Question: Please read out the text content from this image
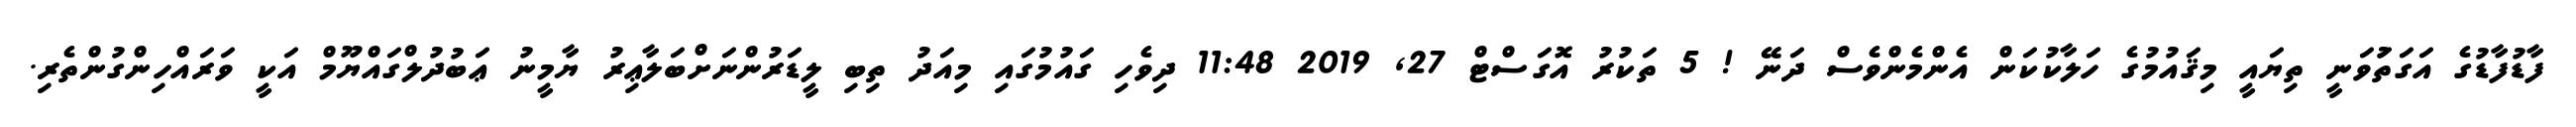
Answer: ފާޑުފާޑުގެ އަގަތަުވަނީ ތިޔައީ މިޤައުމުގެ ހަލާކުކަން އެންމެންވެސް ދަނޭ ! 5 ތަކުރު އޮގަސްޓް 27, 2019 11:48 ދިވެހި ގައުމުގައި މިއަދު ތިބި ލީޑަރުންނަށްބަލާޢިރު ޔާމީނު ޢަބުދުލްގައްޔޫމް އަކީ ވަރައްހިންގުންތެރި.